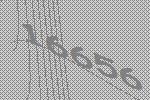
16656